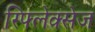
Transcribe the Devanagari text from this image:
रिफ्लेक्सेज